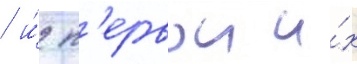
/ и́ п'ервои и́х